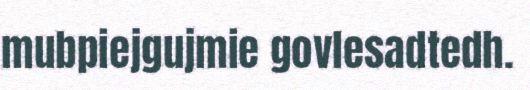
mubpiejgujmie govlesadtedh.